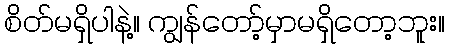
စိတ်မရှိပါနဲ့။ ကျွန်တော့်မှာမရှိတော့ဘူး။